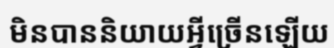
មិនបាននិយាយអ្វីច្រើនឡើយ